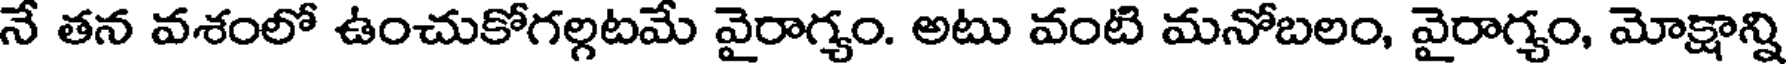
నే తన వశంలో ఉంచుకోగల్గటమే వైరాగ్యం. అటు వంటి మనోబలం, వైరాగ్యం, మోక్షాన్ని